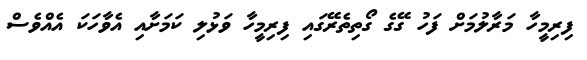
ފިރިމީހާ މަރާލުމަށް ފަހު ގޭގެ ގޯތިތެރޭގައި ފިރިމީހާ ވަޅުލި ކަމަށާއި އެވާހަކަ އެއްވެސް